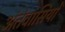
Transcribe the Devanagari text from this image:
अंतेवासियों